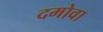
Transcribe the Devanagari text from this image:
दमोवा